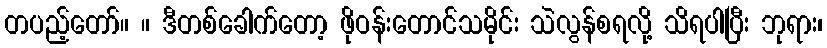
တပည့်တော်။ ။ ဒီတစ်ခေါက်တော့ ဖိုဝန်းတောင်သမိုင်း သဲလွန်စရလို့ သိရပါပြီး ဘုရား၊